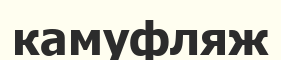
камуфляж